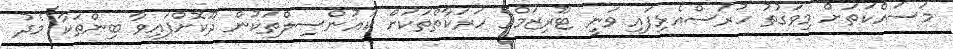
މަސައްކަތަށް މިވަގުތު ހުރަސްއެޅިފައި ވަނީ ޓޫރިޒަމްގެ ހަރަކާތްތަކަށް ކައުންސިލްތަކުން ދޫކޮށްފައިވާ ބިންތަކާ މެދު